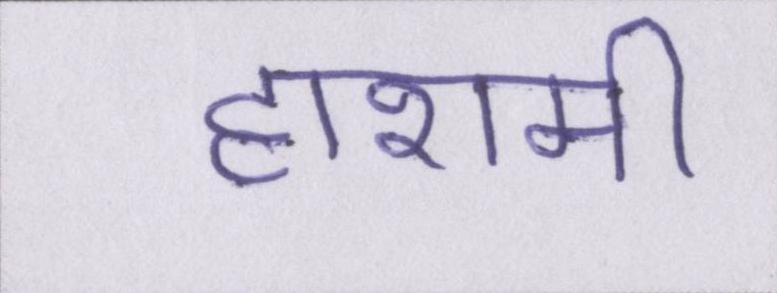
हाशमी